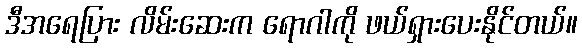
ဒီအရေပြား လိမ်းဆေးက ရောဂါကို ဖယ်ရှားပေးနိုင်တယ်။